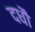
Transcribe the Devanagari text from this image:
दधौ